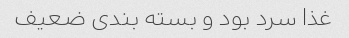
غذا سرد بود و بسته بندی ضعیف